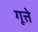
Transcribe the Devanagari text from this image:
गूत्ते